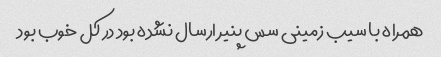
همراه با سیب زمینی سس پنیر ارسال نشده بود در کل خوب بود